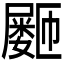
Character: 𪨞